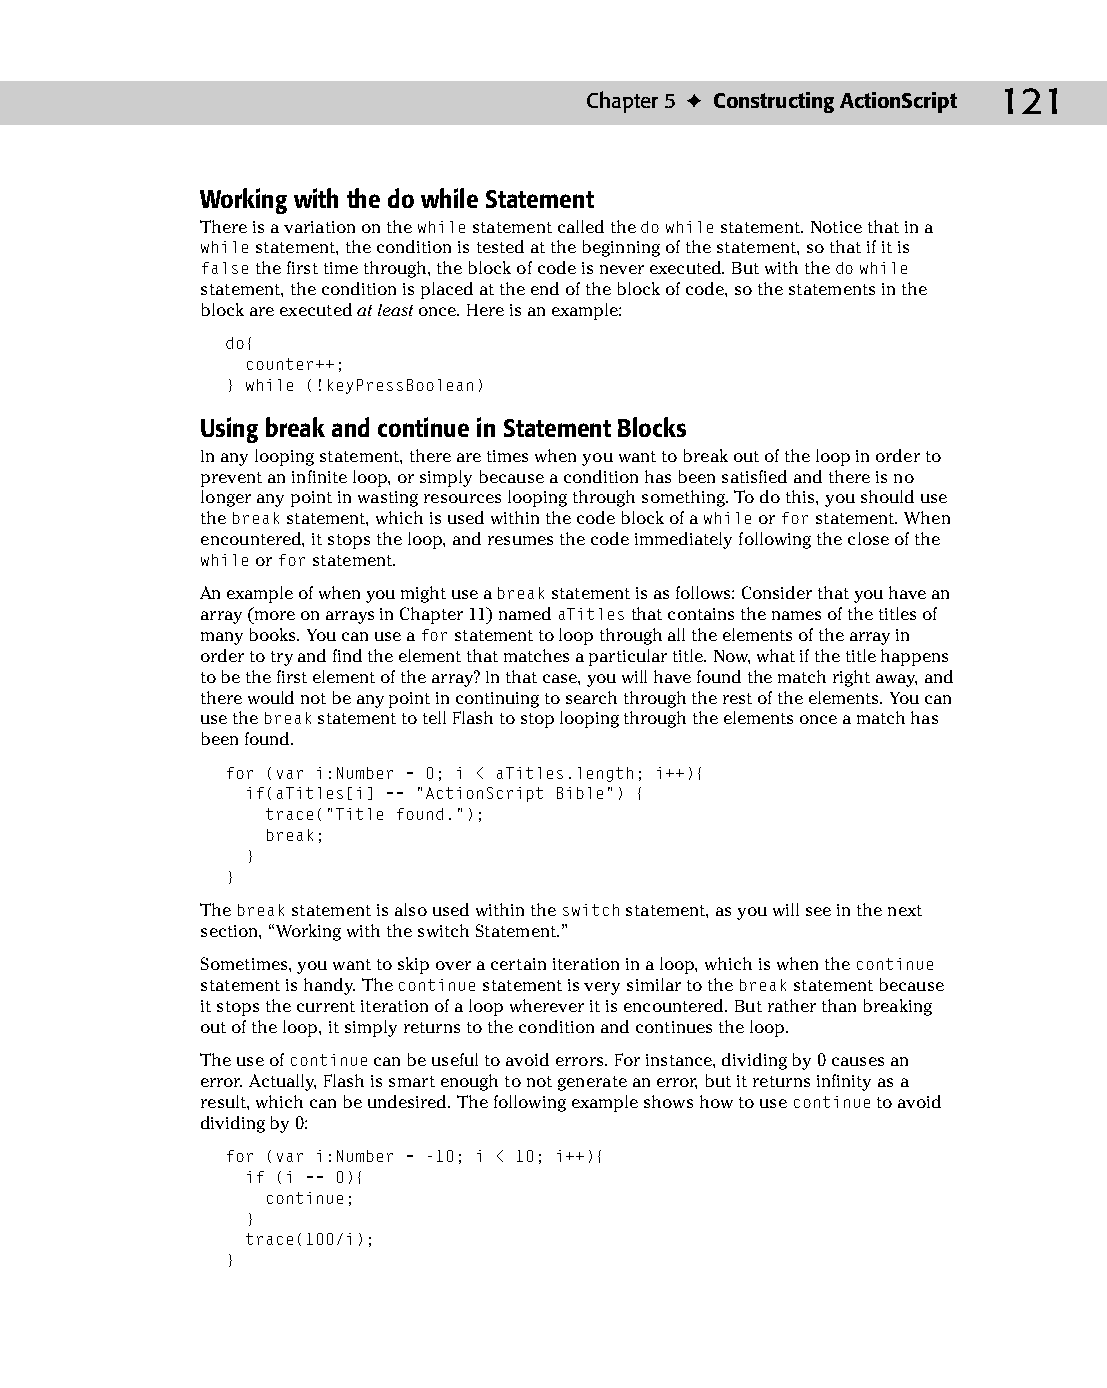
08 543547 ch05.qxd 3/24/04 3:50 PM Page 121
 Chapter 5 ✦ Constructing ActionScript 121
 Working with the do while Statement
 There is a variation on the while statement called the do while statement. Notice that in a
 while statement, the condition is tested at the beginning of the statement, so that if it is
 false the first time through, the block of code is never executed. But with the do while
 statement, the condition is placed at the end of the block of code, so the statements in the
 block are executed at least once. Here is an example:
 do{
 counter++;
 } while (!keyPressBoolean)
 Using break and continue in Statement Blocks
 In any looping statement, there are times when you want to break out of the loop in order to
 prevent an infinite loop, or simply because a condition has been satisfied and there is no
 longer any point in wasting resources looping through something. To do this, you should use
 the break statement, which is used within the code block of a while or for statement. When
 encountered, it stops the loop, and resumes the code immediately following the close of the
 while or for statement.
 An example of when you might use a break statement is as follows: Consider that you have an
 array (more on arrays in Chapter 11) named aTitles that contains the names of the titles of
 many books. You can use a for statement to loop through all the elements of the array in
 order to try and find the element that matches a particular title. Now, what if the title happens
 to be the first element of the array? In that case, you will have found the match right away, and
 there would not be any point in continuing to search through the rest of the elements. You can
 use the break statement to tell Flash to stop looping through the elements once a match has
 been found.
 for (var i:Number = 0; i < aTitles.length; i++){
 if(aTitles[i] == “ActionScript Bible”) {
 trace(“Title found.”);
 break;
 }
 }
 The break statement is also used within the switch statement, as you will see in the next
 section, “Working with the switch Statement.”
 Sometimes, you want to skip over a certain iteration in a loop, which is when the continue
 statement is handy. The continue statement is very similar to the break statement because
 it stops the current iteration of a loop wherever it is encountered. But rather than breaking
 out of the loop, it simply returns to the condition and continues the loop.
 The use of continue can be useful to avoid errors. For instance, dividing by 0 causes an
 error. Actually, Flash is smart enough to not generate an error, but it returns infinity as a
 result, which can be undesired. The following example shows how to use continue to avoid
 dividing by 0:
 for (var i:Number = -10; i < 10; i++){
 if (i == 0){
 continue;
 }
 trace(100/i);
 }